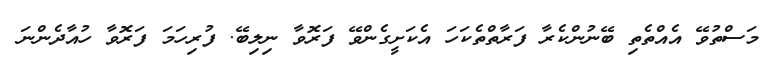
މަސްތުވޭ އެއްތެތި ބޭނުންކެރާ ފަރާތްތެކަހަ އެކަށީގެންވޭ ފަރޮވާ ނިލިބޭ. ފުރިހަމަ ފަރޮވާ ހުއާދެންނަ